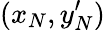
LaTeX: (x_{N},y_{N}^{\prime})